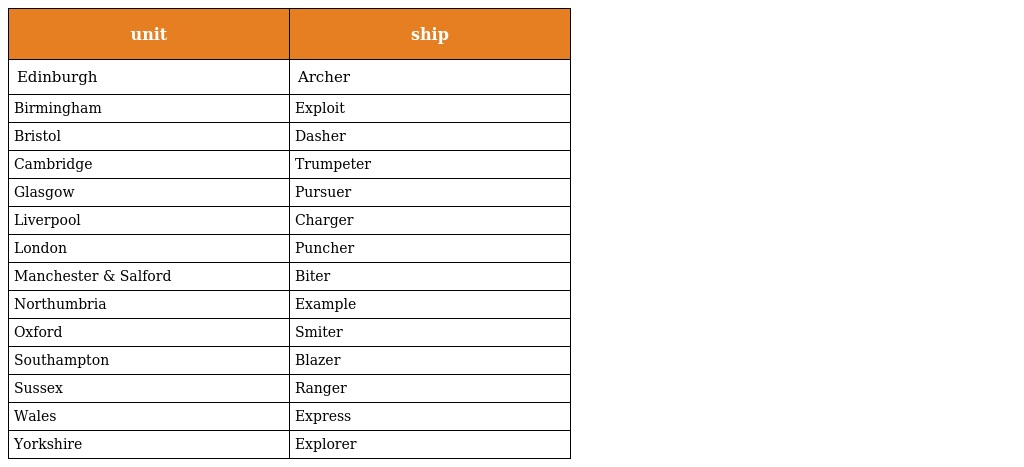
| unit | ship |
 | --- | --- |
 | Edinburgh | Archer |
 | Birmingham | Exploit |
 | Bristol | Dasher |
 | Cambridge | Trumpeter |
 | Glasgow | Pursuer |
 | Liverpool | Charger |
 | London | Puncher |
 | Manchester & Salford | Biter |
 | Northumbria | Example |
 | Oxford | Smiter |
 | Southampton | Blazer |
 | Sussex | Ranger |
 | Wales | Express |
 | Yorkshire | Explorer |